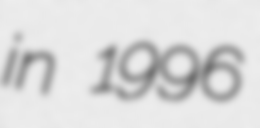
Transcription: in 1996